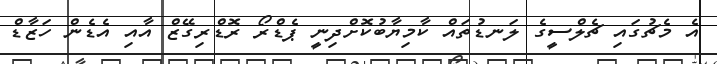
އެ މެޗުގައި ޗެލްސީގެ ލަނޑުތައް ކާމިޔާބުކޮށްދިނީ ޕެޑްރޯ ރޮޑްރިގޭޒް އާއި އެޑެން ހަޒާޑް